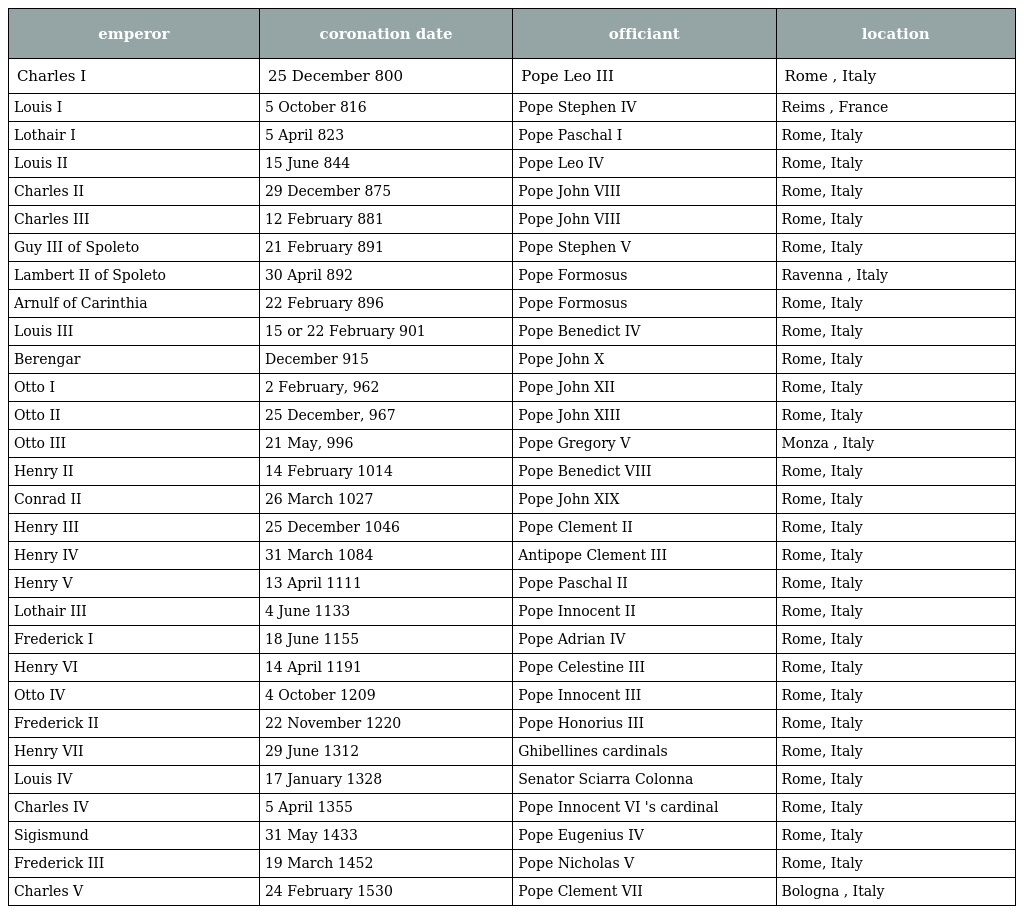
| emperor | coronation date | officiant | location |
 | --- | --- | --- | --- |
 | Charles I | 25 December 800 | Pope Leo III | Rome , Italy |
 | Louis I | 5 October 816 | Pope Stephen IV | Reims , France |
 | Lothair I | 5 April 823 | Pope Paschal I | Rome, Italy |
 | Louis II | 15 June 844 | Pope Leo IV | Rome, Italy |
 | Charles II | 29 December 875 | Pope John VIII | Rome, Italy |
 | Charles III | 12 February 881 | Pope John VIII | Rome, Italy |
 | Guy III of Spoleto | 21 February 891 | Pope Stephen V | Rome, Italy |
 | Lambert II of Spoleto | 30 April 892 | Pope Formosus | Ravenna , Italy |
 | Arnulf of Carinthia | 22 February 896 | Pope Formosus | Rome, Italy |
 | Louis III | 15 or 22 February 901 | Pope Benedict IV | Rome, Italy |
 | Berengar | December 915 | Pope John X | Rome, Italy |
 | Otto I | 2 February, 962 | Pope John XII | Rome, Italy |
 | Otto II | 25 December, 967 | Pope John XIII | Rome, Italy |
 | Otto III | 21 May, 996 | Pope Gregory V | Monza , Italy |
 | Henry II | 14 February 1014 | Pope Benedict VIII | Rome, Italy |
 | Conrad II | 26 March 1027 | Pope John XIX | Rome, Italy |
 | Henry III | 25 December 1046 | Pope Clement II | Rome, Italy |
 | Henry IV | 31 March 1084 | Antipope Clement III | Rome, Italy |
 | Henry V | 13 April 1111 | Pope Paschal II | Rome, Italy |
 | Lothair III | 4 June 1133 | Pope Innocent II | Rome, Italy |
 | Frederick I | 18 June 1155 | Pope Adrian IV | Rome, Italy |
 | Henry VI | 14 April 1191 | Pope Celestine III | Rome, Italy |
 | Otto IV | 4 October 1209 | Pope Innocent III | Rome, Italy |
 | Frederick II | 22 November 1220 | Pope Honorius III | Rome, Italy |
 | Henry VII | 29 June 1312 | Ghibellines cardinals | Rome, Italy |
 | Louis IV | 17 January 1328 | Senator Sciarra Colonna | Rome, Italy |
 | Charles IV | 5 April 1355 | Pope Innocent VI 's cardinal | Rome, Italy |
 | Sigismund | 31 May 1433 | Pope Eugenius IV | Rome, Italy |
 | Frederick III | 19 March 1452 | Pope Nicholas V | Rome, Italy |
 | Charles V | 24 February 1530 | Pope Clement VII | Bologna , Italy |